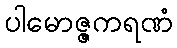
ပါမောဇ္ဇကရဏံ